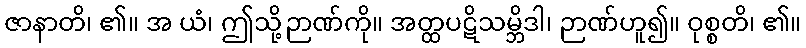
ဇာနာတိ၊ ၏။ အ ယံ၊ ဤသို့ဉာဏ်ကို။ အတ္ထပဋိသမ္ဘိဒါ၊ ဉာဏ်ဟူ၍။ ဝုစ္စတိ၊ ၏။